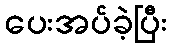
ပေးအပ်ခဲ့ပြီး